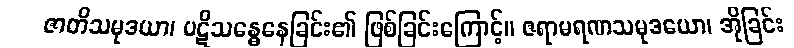
ဇာတိသမုဒယာ၊ ပဋိသန္ဓေနေခြင်း၏ ဖြစ်ခြင်းကြောင့်။ ဇရာမရဏသမုဒယော၊ အိုခြင်း